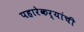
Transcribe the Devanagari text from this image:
पहारेकर्‍यांची